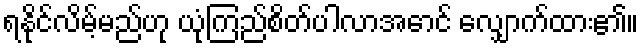
ရနိုင်လိမ့်မည်ဟု ယုံကြည်စိတ်ပါလာအောင် လျှောက်ထား၏။